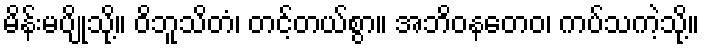
မိန်းမပျိုသို့။ ဝိဘူသိတံ၊ တင့်တယ်စွာ။ အဘိဝနတေဝ၊ ကပ်သကဲ့သို့။